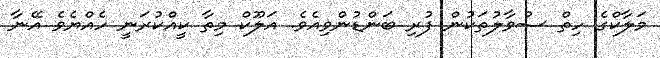
މަލާކްގެ ހިތް ސުވާލުތަކުން ފުރި ބަންޑުންވިއެވެ. އަލޫކް މިތާ ކީއްކުރަނީ ހެއްޔެވެ އޭނާ